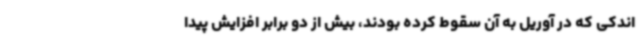
اندکی که در آوریل به آن سقوط کرده بودند، بیش از دو برابر افزایش پیدا